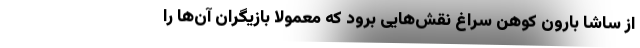
از ساشا بارون کوهن سراغ نقش‌هایی برود که معمولا بازیگران آن‌ها را